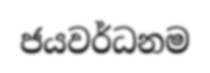
ජයවර්ධනම